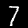
Digit: 7